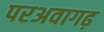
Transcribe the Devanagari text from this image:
परअवागढ़